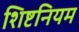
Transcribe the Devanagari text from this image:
शिष्टनियम